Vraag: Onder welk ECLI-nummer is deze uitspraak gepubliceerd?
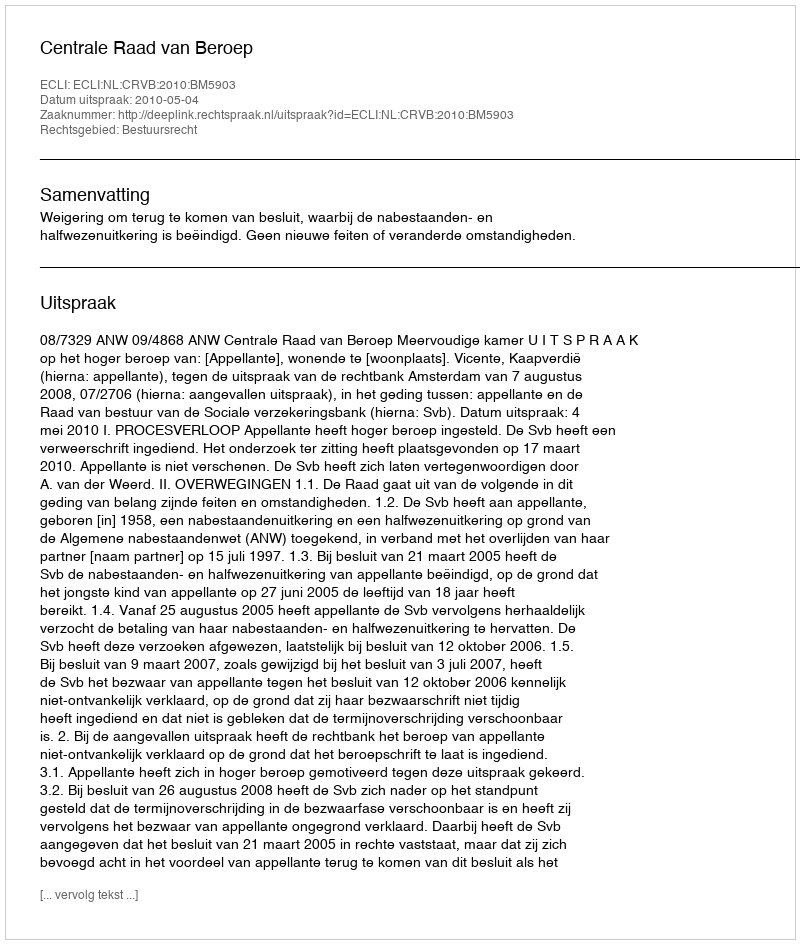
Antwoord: ECLI:NL:CRVB:2010:BM5903